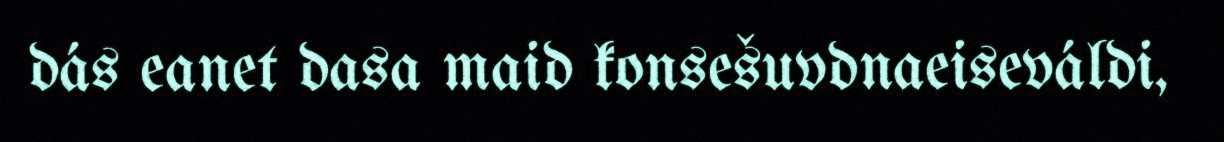
dás eanet dasa maid konsešuvdnaeiseváldi,